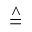
\stackrel { \wedge } { = }